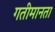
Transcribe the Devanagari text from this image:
गतीमानता